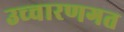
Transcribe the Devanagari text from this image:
उच्‍चारणगत